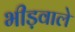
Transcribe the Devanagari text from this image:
भीड़वाले